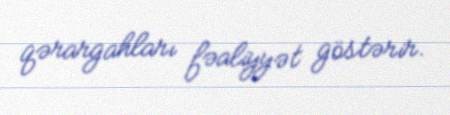
qərargahları fəaliyyət göstərir.